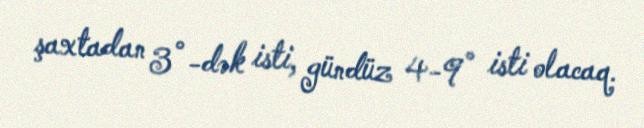
şaxtadan 3°-dək isti, gündüz 4-9° isti olacaq.